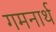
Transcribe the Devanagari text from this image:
गमनार्थ